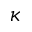
\kappa